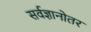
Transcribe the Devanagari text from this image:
सर्वज्ञानोतर